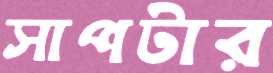
সাপটার